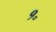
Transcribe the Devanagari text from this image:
१॰